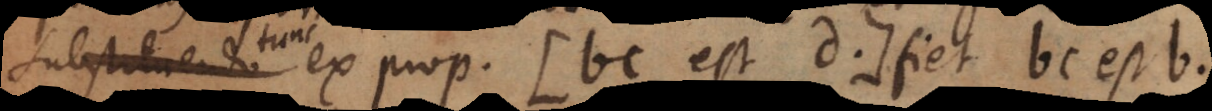
tunc ex prop. bc est d fiet bc est b